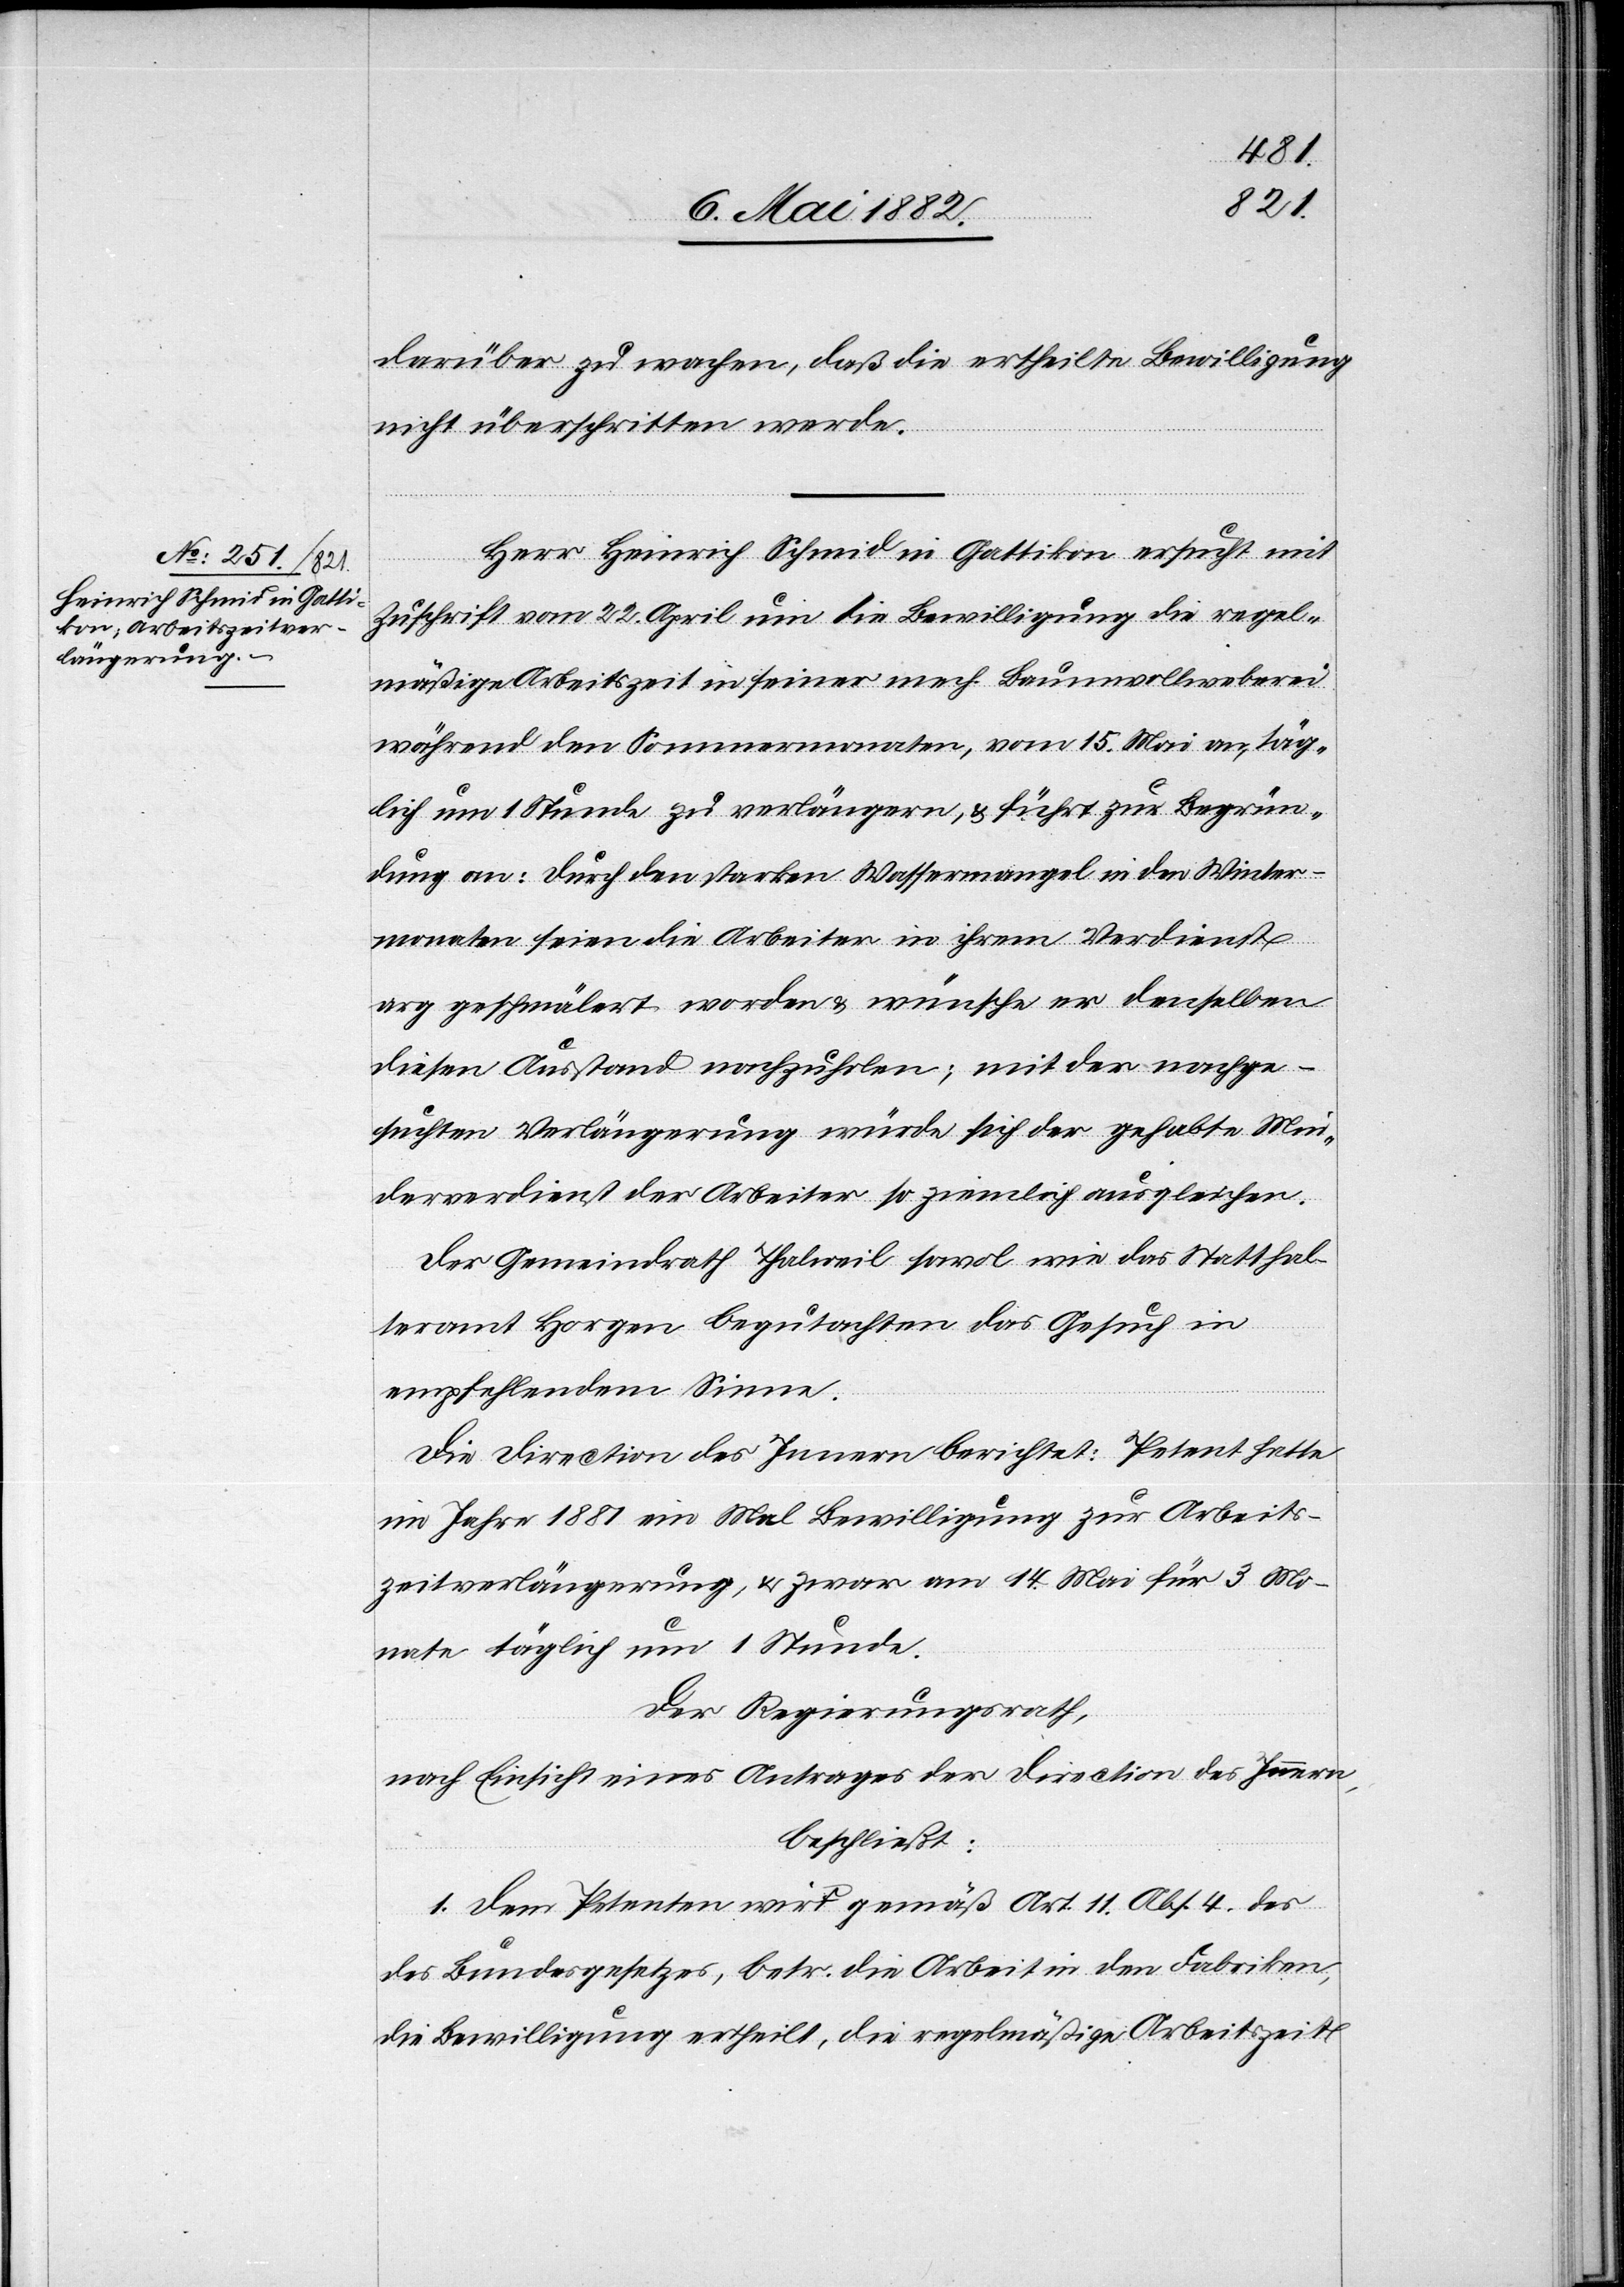
darüber zu wachen, daß die ertheilte Bewilligung
nicht überschritten werde.
Herr Heinrich Schmid in Gattikon ersucht mit
Zuschrift vom 22. April um die Bewilligung die regel¬
mäßige Arbeitszeit in seiner mech. Baumwollweberei
während den Sommermonaten, vom 15. Mai an, täg¬
lich um 1 Stunde zu verlängern, & führt zur Begrün¬
dung an: Durch den starken Wassermangel in den Winter¬
monaten seien die Arbeiter in ihrem Verdienst
arg geschmälert worden & wünsche er denselben
diesen Ausstand nachzuholen; mit der nachge¬
suchten Verlängerung würde sich der gehabte Min¬
derverdienst der Arbeiter so ziemlich ausgleichen.
Der Gemeindrath Thalweil sowol wie das Statthal¬
teramt Horgen begutachten das Gesuch in
empfehlendem Sinne.
Die Direction des Innern berichtet: Petent hatte
im Jahre 1881 ein Mal Bewilligung zur Arbeits¬
zeitverlängerung, & zwar am 14. Mai für 3 Mo¬
nate täglich um 1 Stunde.
Der Regierungsrath,
nach Einsicht eines Antrages der Direction des Innern,
beschließt:
1. Dem Petenten wird gemäß Art. 11 Abs. 4 des
Bundesgesetzes, betr. die Arbeit in den Fabriken,
die Bewilligung ertheilt, die regelmäßige Arbeitszeit